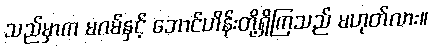
သည်မှာက မဂမ်နှင့် ဘောင်ဟိန်းတို့ရှိကြသည် မဟုတ်လား။